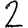
Digit: 2